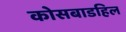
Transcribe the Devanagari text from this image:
कोसबाडहिल